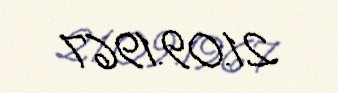
21.09.1967